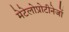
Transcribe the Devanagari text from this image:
मेटेलोप्रोटीनेजों